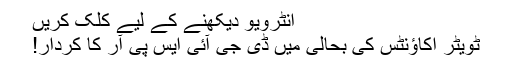
انٹرویو دیکھنے کے لیے کلک کریں
ٹویٹر اکاؤنٹس کی بحالی میں‌ ڈی جی آئی ایس پی آر کا کردار!